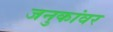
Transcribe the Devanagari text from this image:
जनुकांवर